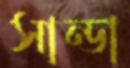
সান্ডা